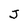
Character: J